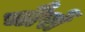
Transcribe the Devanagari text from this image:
चौरों